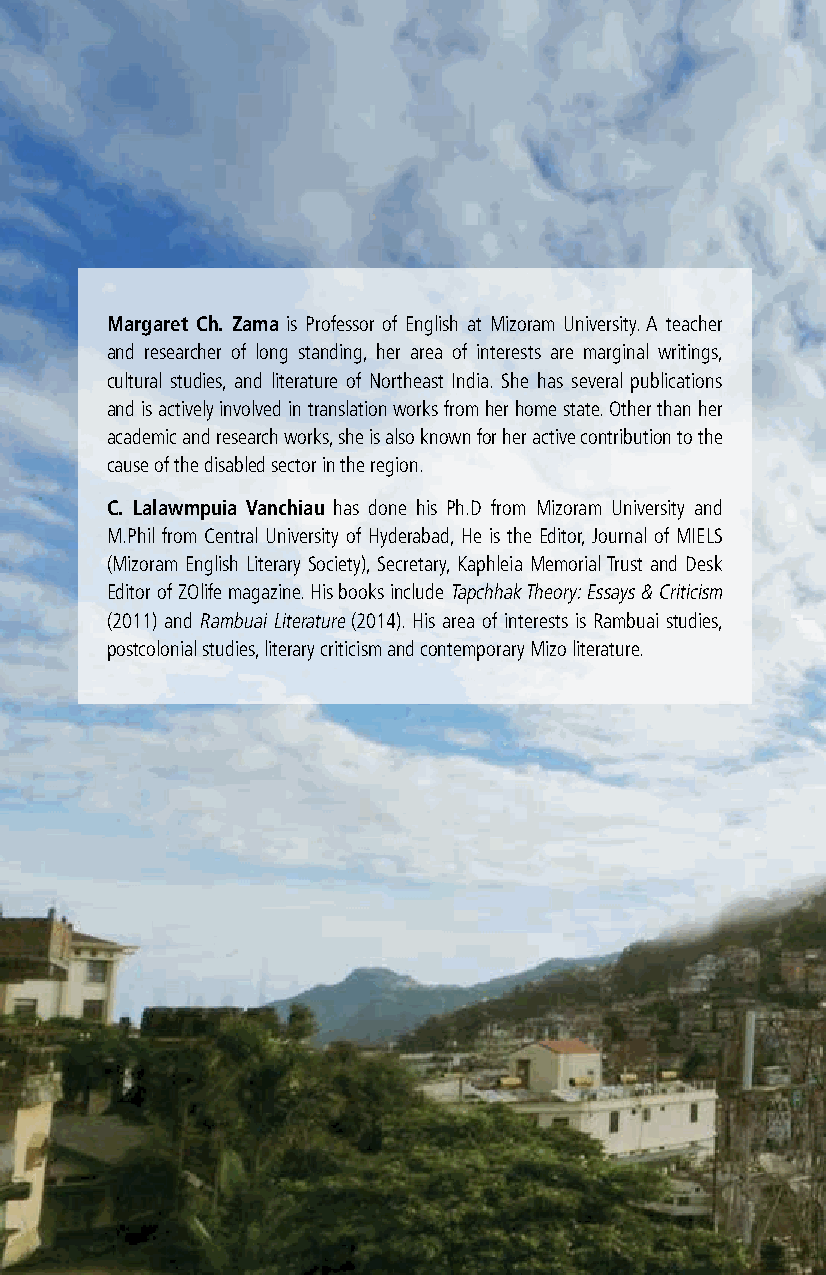
Margaret ch. Zama is Professor of English at Mizoram University. A teacher
 and researcher of long standing, her area of interests are marginal writings,
 cultural studies, and literature of Northeast India. She has several publications
 and is actively involved in translation works from her home state. Other than her
 academic and research works, she is also known for her active contribution to the
 cause of the disabled sector in the region.
 c. lalawmpuia Vanchiau has done his Ph.D from Mizoram University and
 M.Phil from Central University of Hyderabad, He is the Editor, Journal of MIELS
 (Mizoram English Literary Society), Secretary, Kaphleia Memorial Trust and Desk
 Editor of ZOlife magazine. His books include Tapchhak Theory: Essays & Criticism
 (2011) and Rambuai Literature (2014). His area of interests is Rambuai studies,
 postcolonial studies, literary criticism and contemporary Mizo literature.